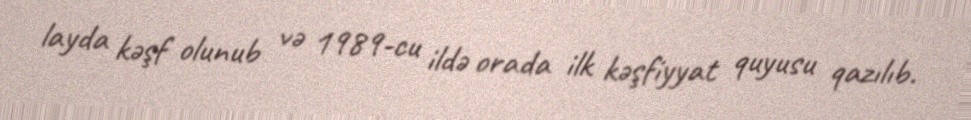
layda kəşf olunub və 1989-cu ildə orada ilk kəşfiyyat quyusu qazılıb.